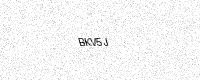
Text: BKV5J